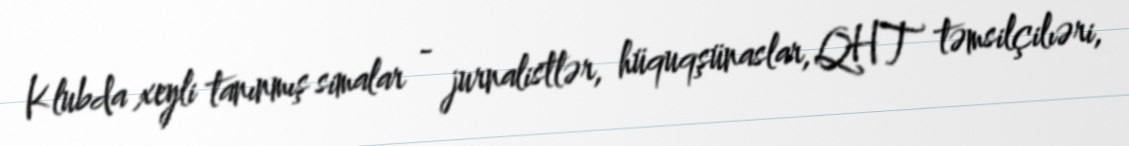
Klubda xeyli tanınmış simalar - jurnalistlər, hüquqşünaslar, QHT təmsilçilıəri,